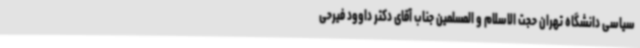
سیاسی دانشگاه تهران حجت الاسلام و المسلمین جناب آقای دکتر داوود فیرحی